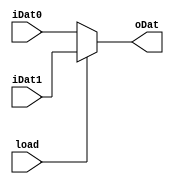
module Multiplexer #(parameter width = 5, parameter sel = 1)(
	input [width-1:0]iDat1, iDat0,
	input [sel-1:0]load,
	output [width-1:0]oDat
);

	assign oDat = load ? iDat1 : iDat0;
	
endmodule